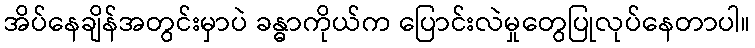
အိပ်နေချိန်အတွင်းမှာပဲ ခန္ဓာကိုယ်က ပြောင်းလဲမှုတွေပြုလုပ်နေတာပါ။